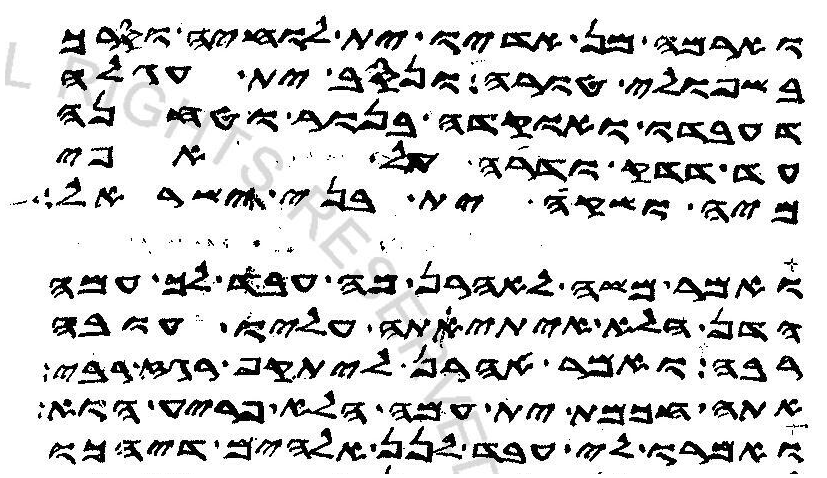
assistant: וארמה מן אדיו ית לוחיה וסרך
בשפולי טורה ונסב ית עגלה
דעבדו ואוקדה בנור וטחנה
עד דדק ודרה על אפי
מיה ושקה ית בני ישראל
ואמר משה לאהרן מה עבד לך עמה
הדן הלא איתיאתה עליו עובה
רבה ואמר אהרן ליתקף רגז רבי
אתה חכמת ית עמה הלא פריע הוא
ואמרו לי עבד לנן אלהים דיהכו